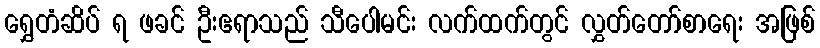
ရွှေတံဆိပ် ရ ဖခင် ဦးဧရာသည် သီပေါမင်း လက်ထက်တွင် လွှတ်တော်စာရေး အဖြစ်